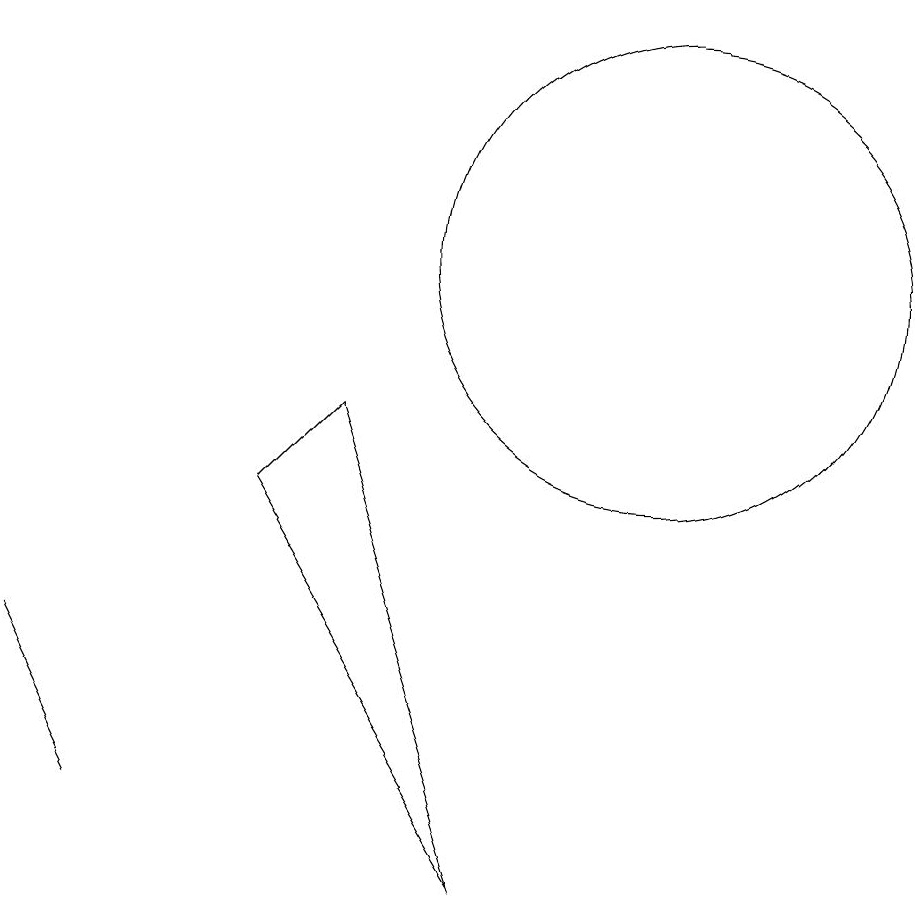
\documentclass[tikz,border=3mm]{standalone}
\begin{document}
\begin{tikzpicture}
\draw (6,8) -- (7,9) -- (9,3) -- cycle;
\draw (3,6) -- (4,4) -- (4,4) -- cycle;
\draw (11,11) circle (3);
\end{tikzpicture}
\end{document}